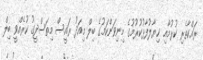
ރައްކާތެރި ކުރުމާއި ޚިޔާލުފާޅުކުރުމުގެ މިނިވަންކަމުގެ ބިލް މިއަދު ރައީސް މިތަސްދީގު ކުރެއްވީ ބިލް